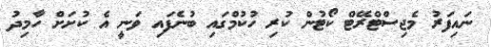
ނައިފަރު މެޖިސްޓްރޭޓް ކޯޓުން ކުރި ހުކުމްގައި ބުނެފައި ވަނީ އެ ކުށަށް ހާމިދު